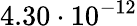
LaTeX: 4.30\cdot 10^{-12}